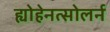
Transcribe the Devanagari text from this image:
ह्योहेनत्सोलर्न